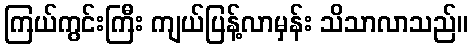
ကြယ်ကွင်းကြီး ကျယ်ပြန့်လာမှန်း သိသာလာသည်။